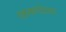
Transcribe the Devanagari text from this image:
रक्तवर्णाधता